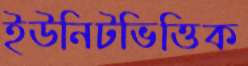
ইউনিটভিত্তিক